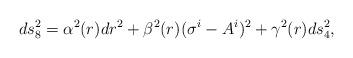
LaTeX: \begin{align*}ds^2_{8} = \alpha^2(r) dr^2 + \beta^2(r) (\sigma^{i} - A^{i})^2 + \gamma^2(r)ds^2_{4},\end{align*}